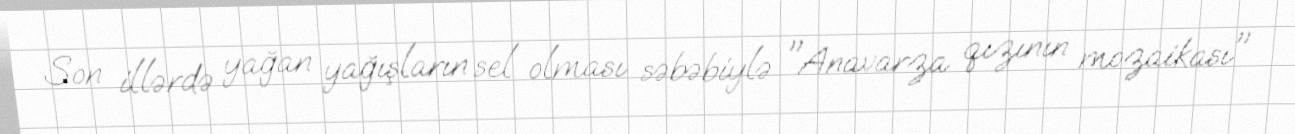
Son illərdə yağan yağışların sel olması səbəbiylə "Anavarza qızının mozaikası"